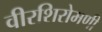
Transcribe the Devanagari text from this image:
वीरशिरोमणी